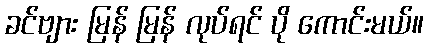
ခင်ဗျား မြန် မြန် လုပ်ရင် ပို ကောင်းမယ်။